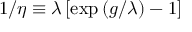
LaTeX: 1 / \eta \equiv \lambda \left[ \exp \left( g / \lambda \right) - 1 \right]